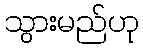
သွားမည်ဟု